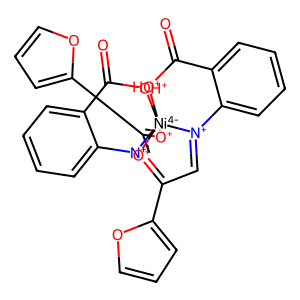
SMILES: O=C1[OH+][Ni-4]234([O+]=C(c5ccco5)C=[N+]2c2ccccc21)[O+]=C(c1ccco1)C=[N+]3c1ccccc1C(=O)[OH+]4
Inhibits HIV replication: No